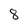
Character: 8